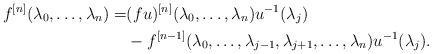
LaTeX: \begin{align*}f^{[n]}(\lambda_0,\ldots,\lambda_n)=&(fu)^{[n]}(\lambda_0,\ldots,\lambda_n)u^{-1}(\lambda_j)\\&-f^{[n-1]}(\lambda_0,\ldots,\lambda_{j-1},\lambda_{j+1},\ldots,\lambda_n)u^{-1}(\lambda_j).\end{align*}